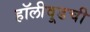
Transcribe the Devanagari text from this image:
हॉलीवूडची